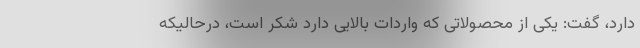
دارد، گفت: یکی از محصولاتی که واردات بالایی دارد شکر است، درحالیکه